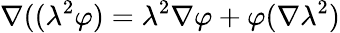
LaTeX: \nabla((\lambda^{2}\varphi)=\lambda^{2}\nabla\varphi+\varphi(\nabla\lambda^{2})